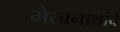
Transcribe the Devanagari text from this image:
भैरवनाथांचे